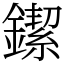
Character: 䥛